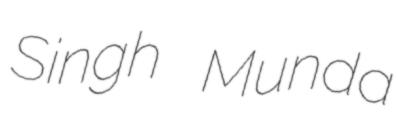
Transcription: Singh Munda